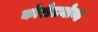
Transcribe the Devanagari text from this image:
कोरोलयोव्ह